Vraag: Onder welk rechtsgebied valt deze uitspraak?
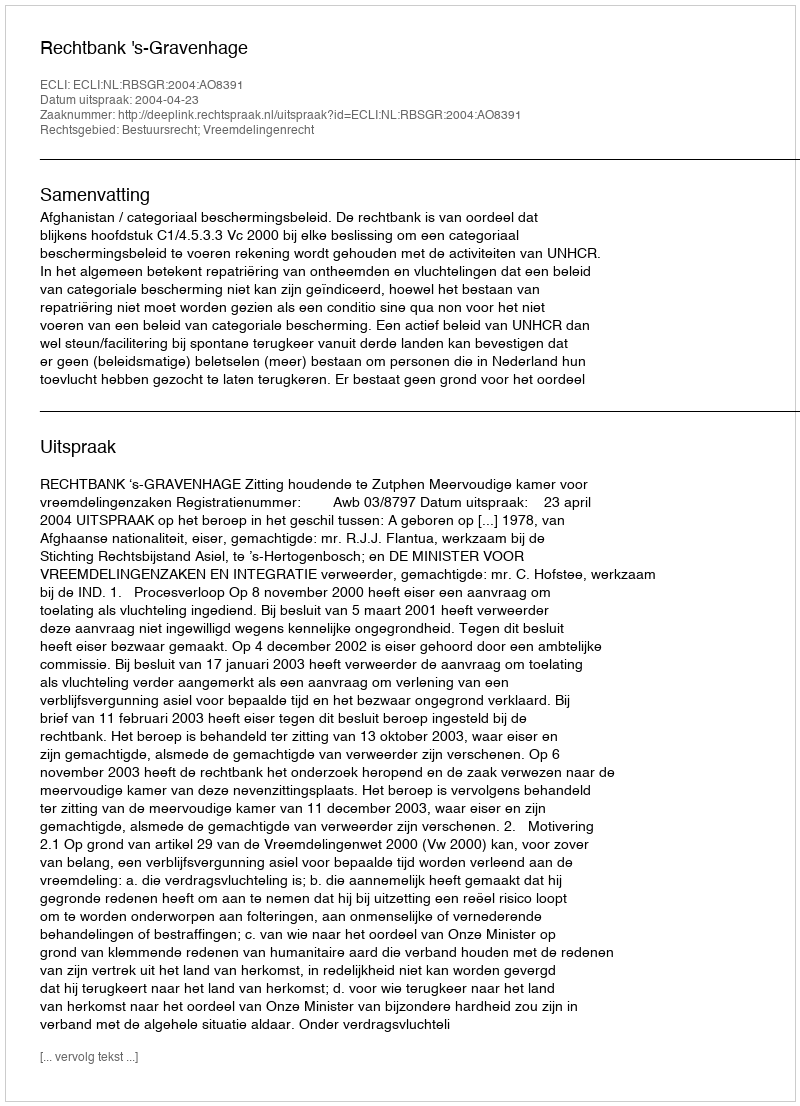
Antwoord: Bestuursrecht; Vreemdelingenrecht